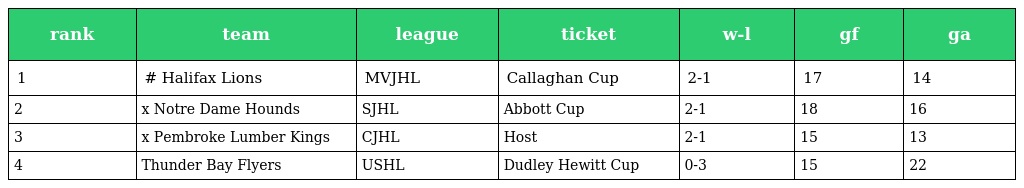
| rank | team | league | ticket | w-l | gf | ga |
 | --- | --- | --- | --- | --- | --- | --- |
 | 1 | # Halifax Lions | MVJHL | Callaghan Cup | 2-1 | 17 | 14 |
 | 2 | x Notre Dame Hounds | SJHL | Abbott Cup | 2-1 | 18 | 16 |
 | 3 | x Pembroke Lumber Kings | CJHL | Host | 2-1 | 15 | 13 |
 | 4 | Thunder Bay Flyers | USHL | Dudley Hewitt Cup | 0-3 | 15 | 22 |